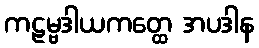
ကဠမ္ဗဒါယကတ္ထေ အပဒါန